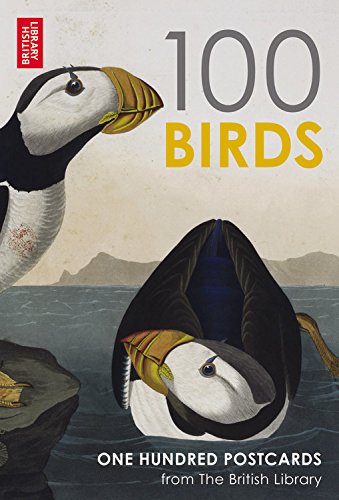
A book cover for British Library 100 Birds: One Hundred Postcards; British Library; Crafts, Hobbies & Home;